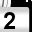
Digit: 2